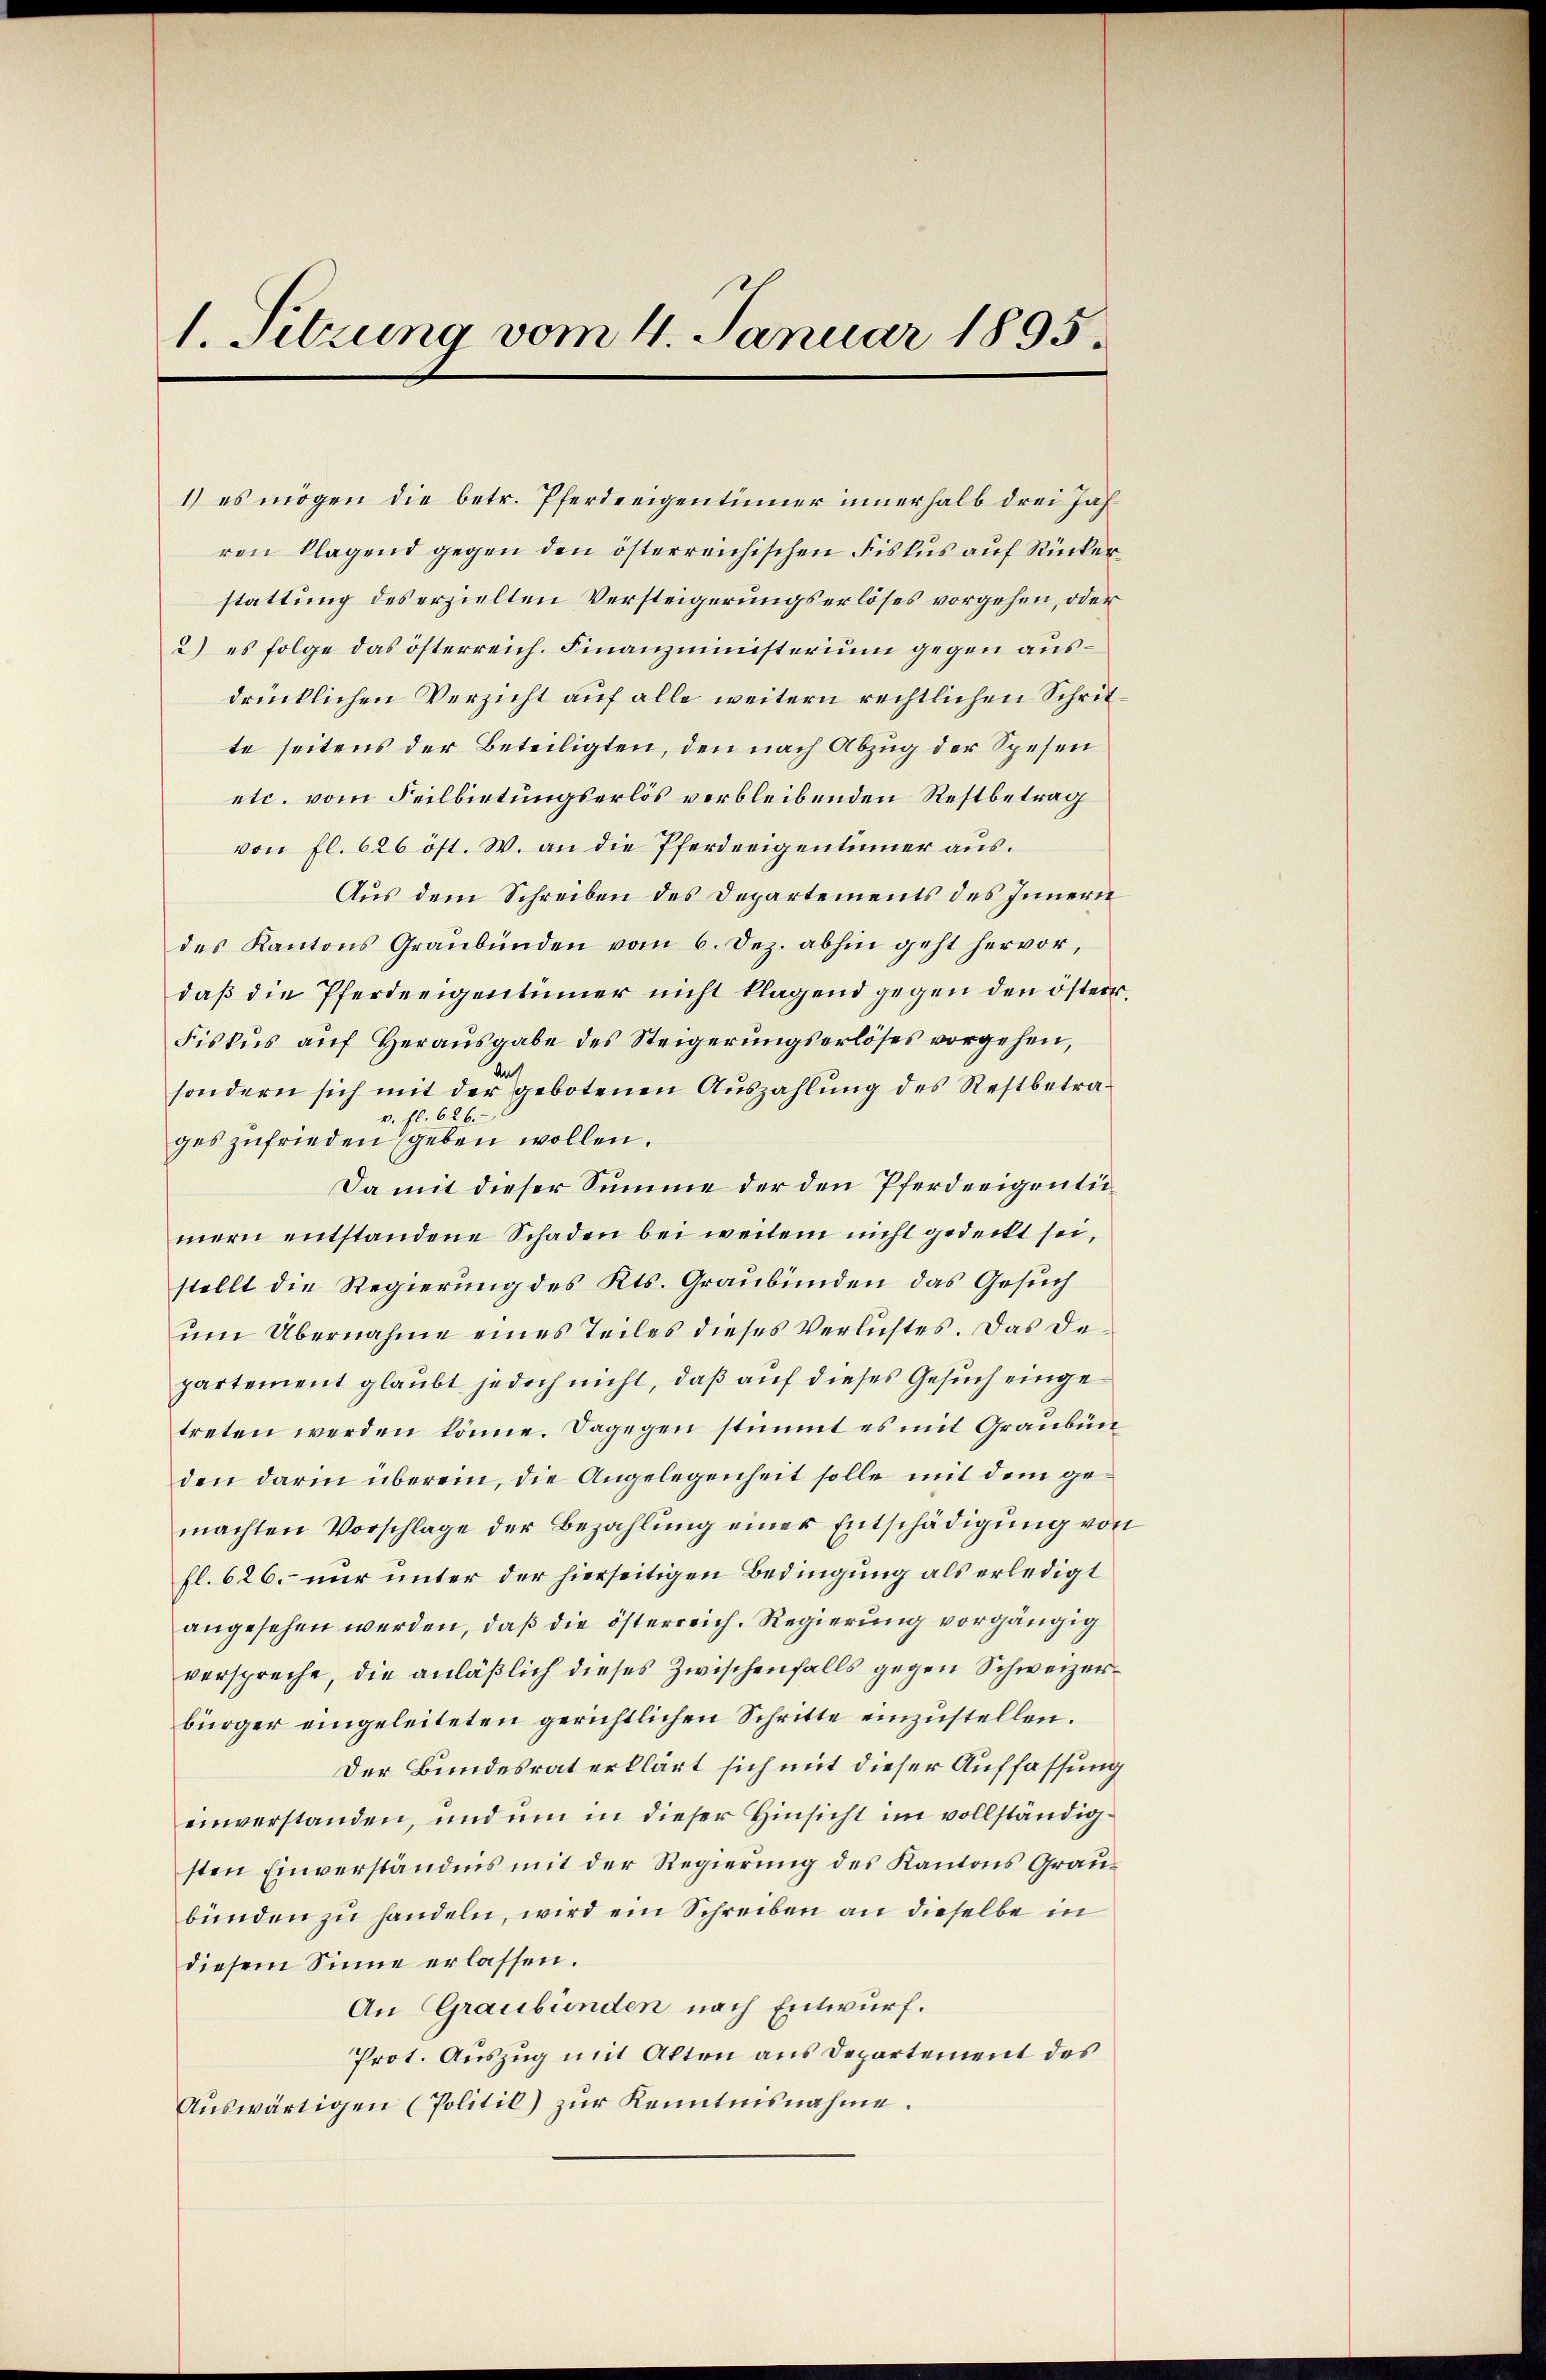
1. Sitzung vom 4. Januar 1895.

bünden zu handeln, wird ein Schreiben an dieselbe in
diesem Sinne erlassen.
An Graubünden nach Entwurf.
Prot. Auszug mit Akten aus Departement des
Aŭswärtigen (Politil) zŭr Kenntnisnahme.

1) es mögen die betr. Pferdeeigentümer innerhalb drei Jahren klagend gegen den österreichischen Fiskus auf Rücker
stattung des erzielten Versteigerungserlöses vorgehen, oder
2) es folge das österreich. Finanzministerium gegen ausdrücklichen Verzicht auf alle weitern rechtlichen Schritte seitens der Beteiligten, den nach Abzug der Spesen
etc. vom Feilbietungserlös verbleibenden Restbetrag
von fl. 626 öst. W. an die Pferdreigentümer aus.
Aus dem Schreiben des Departements des Innern
des Kantons Graubünden vom 6. Dez. abhin geht hervor,
daß die Pferdeeigentümer nicht klagend gegen den österr.
Fiskus auf Herausgabe des Steigerungserlöses vorgehen,
sondern sich mit der gebotenen Auszahlung des Restbetrav. fl. 626.
ges zufrieden geben wollen.
Da mit dieser Summe der den Pferderigentimern entstandene Schaden bei weitem nicht gedeckt sei,
stellt die Regierung des Kts. Graubünden das Gesuch
ŭm Übernahme eines Teiles dieses Verlichtes. Das de
partement glaubt jedoch nicht, daß auf dieses Gesuch eingetreten werden könne. Dagegen stimmt es mit Graubünden darin überein, die Angelegenheit solle mit dem gemachten Vorschlage der Bezahlung einer Entschädigung von
fl. 626. nur unter der hierseitigen Bedingung als erledigt
angesehen werden, daß die österreich. Regierung vorgängig
verspreche, die anläßlich dieses Zwischenfalls gegen Schweizerbürger eingeleiteten gerichtlichen Schritte einzustellen.
Der Bundesrat erklärt sich mit dieser Auffassung
einverstanden, und um in dieser Hinsicht im vollständigsten Einverständnis mit der Regierung des Kantons Grau¬